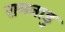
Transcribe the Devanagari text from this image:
रामनाडु